Annual administration report of the Civil Veterinary Department of India - 1896-1897
Year: 1896
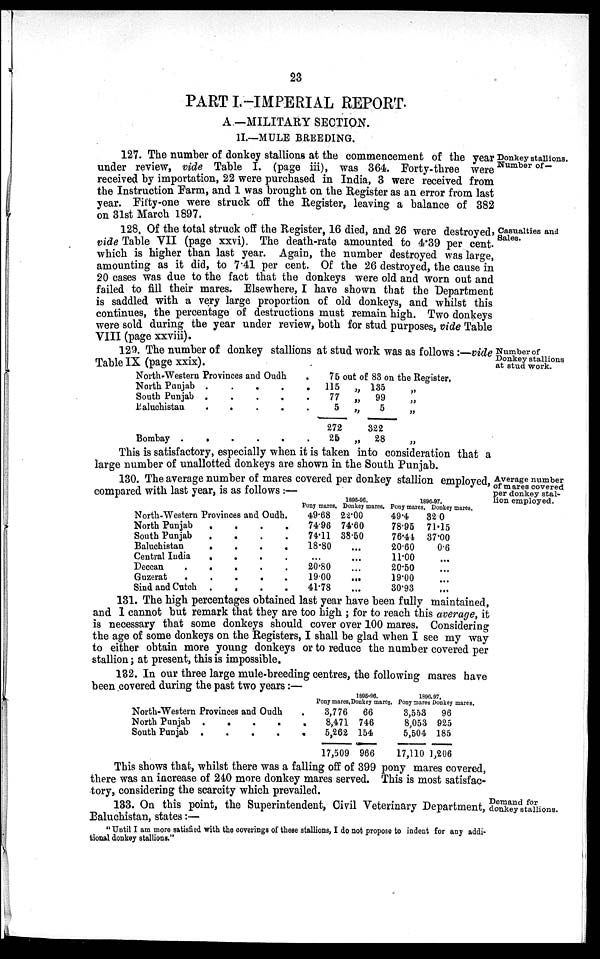
23
PART I.-IMPERIAL REPORT.
A—MILITARY SECTION.
II.—MULE BREEDING.
Donkey stallions.
Number of—
127. The number of donkey stallions at the commencement of the year
under review, vide Table I. (page iii), was 364. Forty-three were
received by importation, 22 were purchased in India, 3 were received from
the Instruction Farm, and 1 was brought on the Register as an error from last
year. Fifty-one were struck off the Register, leaving a balance of 382
on 31st March 1897.
Casualties and
Sales.
128. Of the total struck off the Register, 16 died, and 26 were destroyed,
vide Table VII (page xxvi). The death-rate amounted to 4.39 per cent.
which is higher than last year. Again, the number destroyed was large,
amounting as it did, to 7.41 per cent. Of the 26 destroyed, the cause in
20 cases was due to the fact that the donkeys were old and worn out and
failed to fill their mares. Elsewhere, I have shown that the Department
is saddled with a very large proportion of old donkeys, and whilst this
continues, the percentage of destructions must remain high. Two donkeys
were sold during the year under review, both for stud purposes, vide Table
VIII (page xxviii).
Number of
Donkey stallions
at stud work.
129. The number of donkey stallions at stud work was as follows:—vide
Table IX (page xxix).
North-Western Provinces and Oudh
North Punjab . . . . . .
South Punjab . . . . . .
Baluchistan . . . . . .
Bombay
.
.
.
.
.
.
75 out of 83 on the Register,
115
„
77
„
5
„
272
25
„
135
99 „
5 „
322
28 „
This is satisfactory, especially when it is taken into consideration that a
large number of unallotted donkeys are shown in the South Punjab.
Average number
of mares covered
per donkey stal-
lion employed.
130. The average number of mares covered per donkey stallion employed,
compared with last year, is as follows:—
North-Western Provinces and Oudh.
North Punjab
.
.
.
.
.
.
South Punjab
.
.
.
.
.
.
Baluchistan
.
.
.
.
.
.
Central India
.
.
.
.
.
.
Deccan
.
.
.
.
.
.
Guzerat
.
.
.
.
.
.
Sind and Cutch . . . . . .
1895-96.
Pony mares,
49.68
74.96
74.11
18.80
...
20.80
1900
41.78
Donkey mares.
22.00 74.60
38.50
...
...
...
...
...
1896-97.
Pony mares
49.4
78.95
76.44
20.60
11.00
20.50
19.00
30.93
Donkey mares.
32.0
71.15
37.00
0.6
...
...
...
...
131. The high percentages obtained last year have been fully maintained,
and I cannot but remark that they are too high; for to reach this average, it
is necessary that some donkeys should cover over 100 mares. Considering
the age of some donkeys on the Registers, I shall be glad when I see my way
to either obtain more young donkeys or to reduce the number covered per
stallion; at present, this is impossible.
132. In our three large mule-breeding centres, the following mares have
been covered during the past two years:—
North-Western Provinces and Oudh
North Punjab
.
.
.
.
South Punjab
.
.
.
.
1895-96.
Pony mares,
3,776
8,471
5,262
17,509
Donkey mares,
66
746
154
966
1896-97.
Pony mares
3,553
8,053
5,504
17,110
Donkey mares.
96
925
185
1,206
This shows that, whilst there was a falling off of 399 pony mares covered,
there was an increase of 240 more donkey mares served. This is most satisfac-
tory, considering the scarcity which prevailed.
Demand for
donkey stallions.
133. On this point, the Superintendent, Civil Veterinary Department,
Baluchistan, states:—
"Until I am more satisfied with the coverings of these stallions, I do not propose to indent for any addi-
tional donkey stallions."